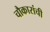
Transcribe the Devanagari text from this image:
चौकारांची